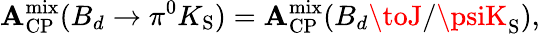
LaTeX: {\cal\mathbf{A}}_{\mathrm{{CP}}}^{\mathrm{{mix}}}(B_{d}\to\pi^{0}K_{\mathrm{{S}}})={\cal\mathbf{A}}_{\mathrm{{CP}}}^{\mathrm{{mix}}}(B_{d}\toJ/\psiK_{\mathrm{{S}}}),